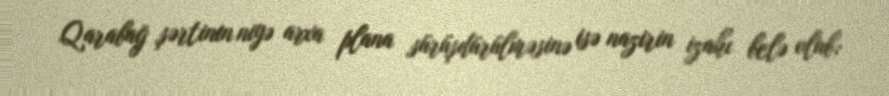
Qarabağ şərtinin niyə arxa plana sürüşdürülməsinə isə nazirin izahı belə olub: